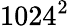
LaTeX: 1024^{2}